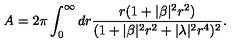
A = 2 \pi \int _ { 0 } ^ { \infty } d r \frac { r ( 1 + | \beta | ^ { 2 } r ^ { 2 } ) } { ( 1 + | \beta | ^ { 2 } r ^ { 2 } + | \lambda | ^ { 2 } r ^ { 4 } ) ^ { 2 } } .